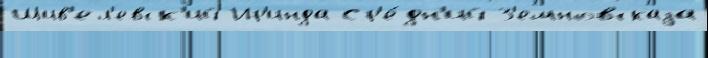
Шив'ел'евск'ий Ир'инда Ср'е́дн'ий З'емновскаjа